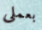
بعملى